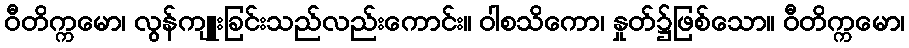
ဝီတိက္ကမော၊ လွန်ကျူးခြင်းသည်လည်းကောင်း။ ဝါစသိကော၊ နှုတ်၌ဖြစ်သော။ ဝီတိက္ကမော၊